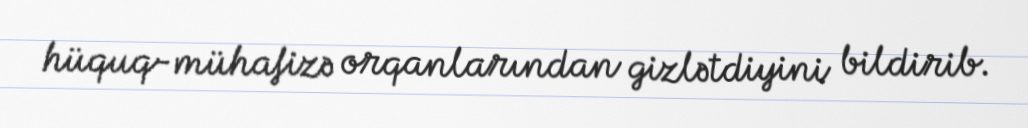
hüquq-mühafizə orqanlarından gizlətdiyini bildirib.